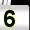
Digit: 5